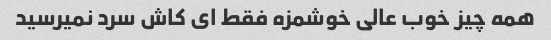
همه چیز خوب عالی خوشمزه فقط ای کاش سرد نمیرسید